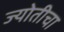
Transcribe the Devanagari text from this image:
ज्योतीचा